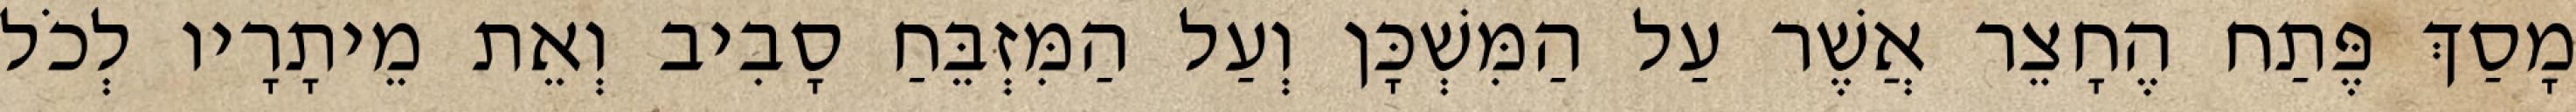
מָסַךְ פֶּתַח הֶחָצֵר אֲשֶׁר עַל הַמִּשְׁכָּן וְעַל הַמִּזְבֵּחַ סָבִיב וְאֵת מֵיתָרָיו לְכֹל